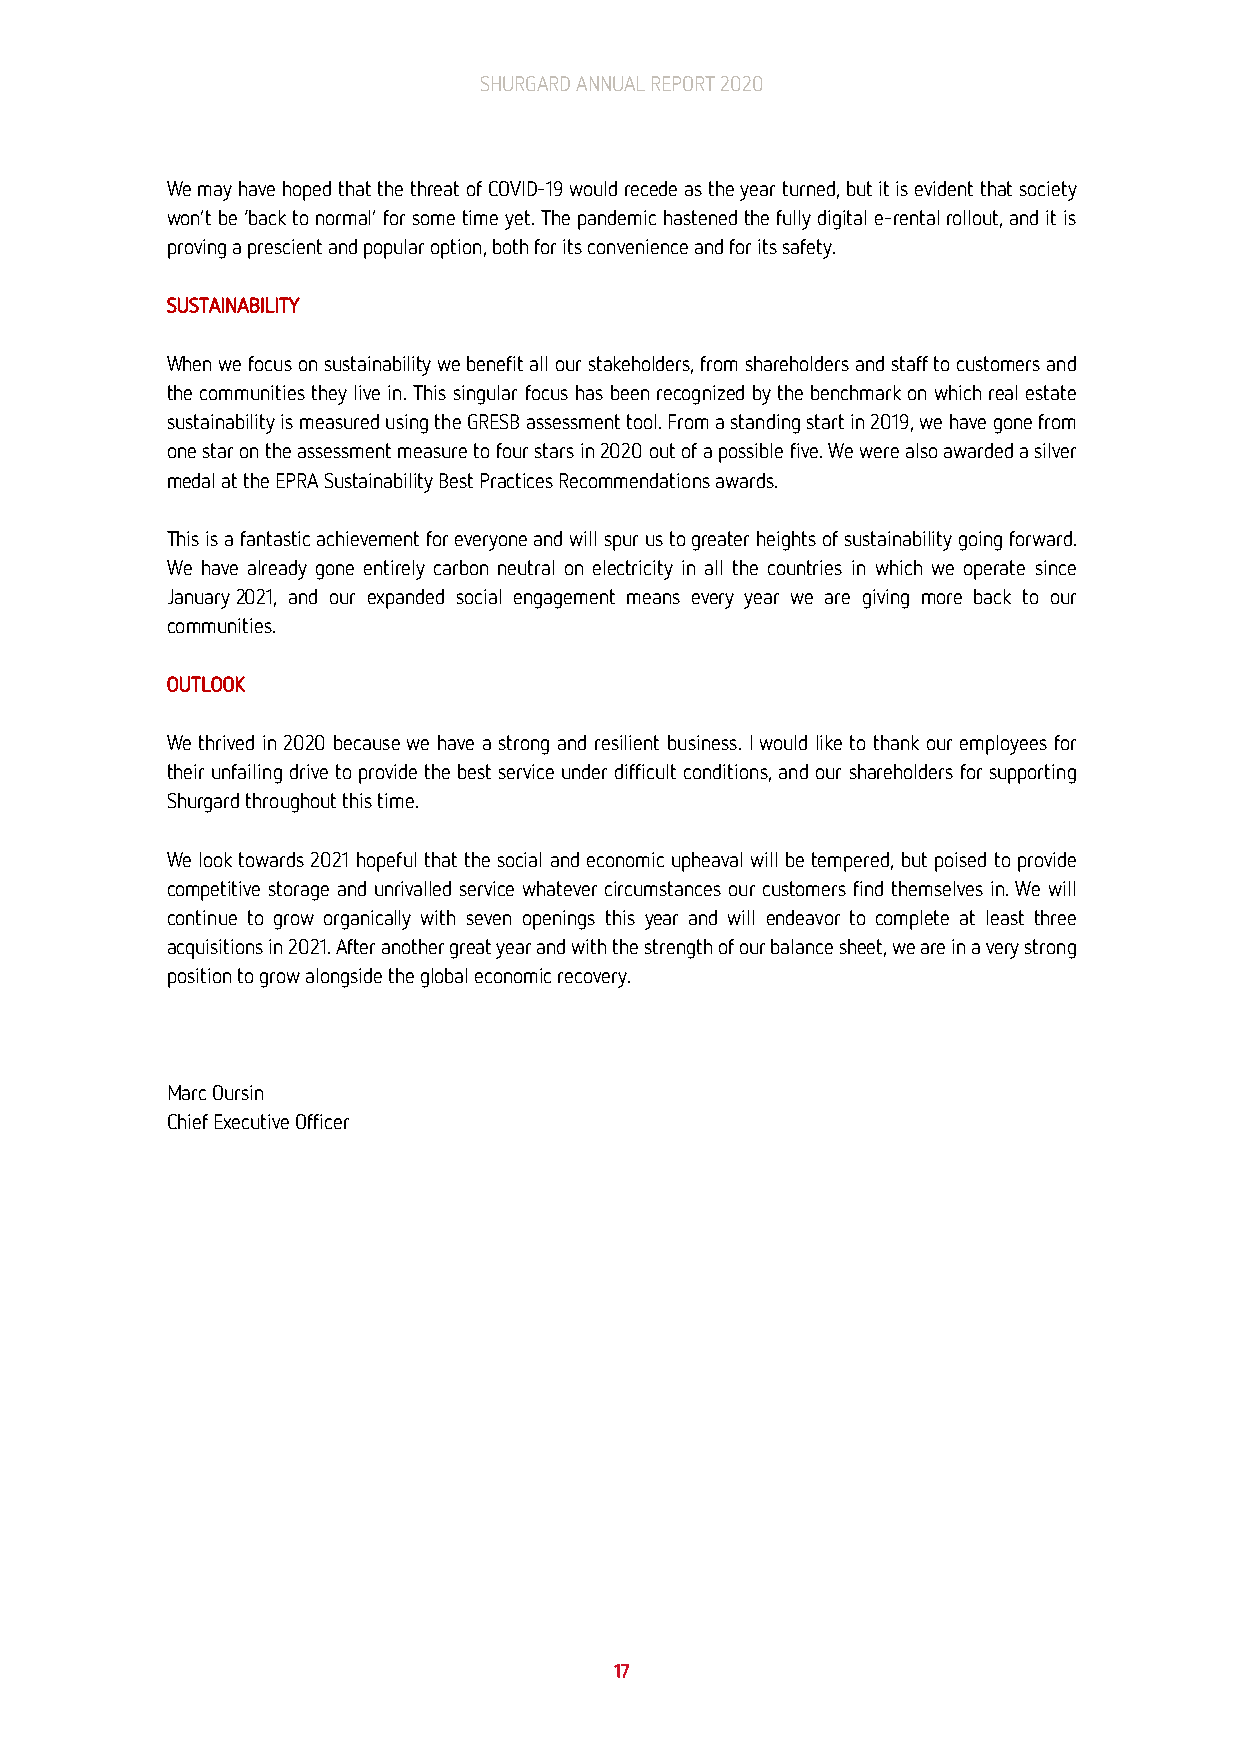
SHURGARD ANNUAL REPORT 2020
 We may have hoped that the threat of COVID-19 would recede as the year turned, but it is evident that society
 won’t be ‘back to normal’ for some time yet. The pandemic hastened the fully digital e-rental rollout, and it is
 proving a prescient and popular option, both for its convenience and for its safety.
 SUSTAINABILITY
 When we focus on sustainability we benefit all our stakeholders, from shareholders and staff to customers and
 the communities they live in. This singular focus has been recognized by the benchmark on which real estate
 sustainability is measured using the GRESB assessment tool. From a standing start in 2019, we have gone from
 one star on the assessment measure to four stars in 2020 out of a possible five. We were also awarded a silver
 medal at the EPRA Sustainability Best Practices Recommendations awards.
 This is a fantastic achievement for everyone and will spur us to greater heights of sustainability going forward.
 We have already gone entirely carbon neutral on electricity in all the countries in which we operate since
 January 2021, and our expanded social engagement means every year we are giving more back to our
 communities.
 OUTLOOK
 We thrived in 2020 because we have a strong and resilient business. I would like to thank our employees for
 their unfailing drive to provide the best service under difficult conditions, and our shareholders for supporting
 Shurgard throughout this time.
 We look towards 2021 hopeful that the social and economic upheaval will be tempered, but poised to provide
 competitive storage and unrivalled service whatever circumstances our customers find themselves in. We will
 continue to grow organically with seven openings this year and will endeavor to complete at least three
 acquisitions in 2021. After another great year and with the strength of our balance sheet, we are in a very strong
 position to grow alongside the global economic recovery.
 Marc Oursin
 Chief Executive Officer
 17